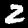
Digit: 2